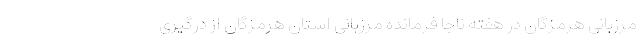
مرزبانی هرمزگان در هفته ناجا فرمانده مرزبانی استان هرمزگان از درگیری